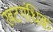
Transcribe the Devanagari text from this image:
खटगंधिक